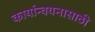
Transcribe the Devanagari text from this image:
कार्यान्वयनासाठी